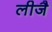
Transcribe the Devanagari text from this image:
लीजै